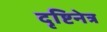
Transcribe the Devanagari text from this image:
दृष्टिनेत्र